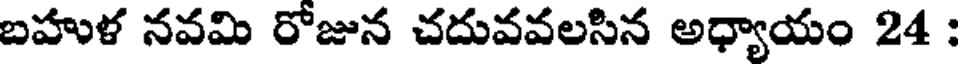
బహుళ నవమి రోజున చదువవలసిన అధ్యాయం 24 :